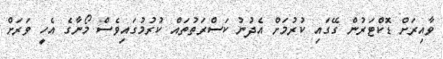
ވާއިރަށް ޑޮކްޓަރުން ގޭގައި ކުރުމަށް އެދުނު ކަސްރަތުތައް ކުރުމުގައިވެސް މޯނާގެ އެހީ ވަރަށް